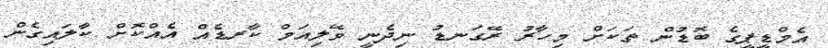
އެމްޑީޕީގެ ބޮޑުން ތަކަށް މިހާރު ރޭގަނޑު ނިދެނީ ވޭލިއަމް ކާރޑެއް އެއްކޮޮށް ކާލައިގެން